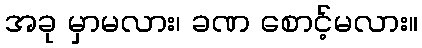
အခု မှာမလား၊ ခဏ စောင့်မလား။